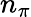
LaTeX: n_{\pi}